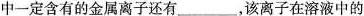
中一定含有的金属离子还有___，该离子在溶液中的